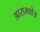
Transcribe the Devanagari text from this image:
आरामक्षेत्र